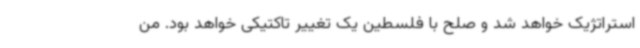
استراتژیک خواهد شد و صلح با فلسطین یک تغییر تاکتیکی خواهد بود. من